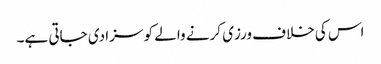
اس کی خلاف ورزی کرنے والے کو سزا دی جاتی ہے۔